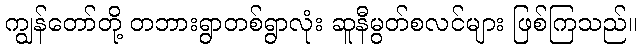
ကျွန်တော်တို့ တဘားရွာတစ်ရွာလုံး ဆူနီမွတ်စလင်များ ဖြစ်ကြသည်။